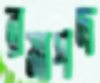
রমাপদ